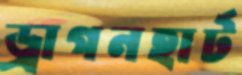
ড্রাগনহার্ট